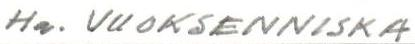
Ha. VUOKSENNISKA